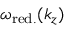
\omega _ { \mathrm { r e d . } } ( k _ { z } )